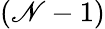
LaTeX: (\mathscr{N}-1)